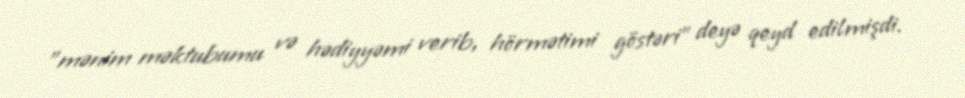
"mənim məktubumu və hədiyyəmi verib, hörmətimi göstəri" deyə qeyd edilmişdi.